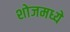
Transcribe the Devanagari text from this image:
शोजमध्ये